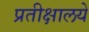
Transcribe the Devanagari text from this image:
प्रतीक्षालये